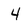
Character: 4